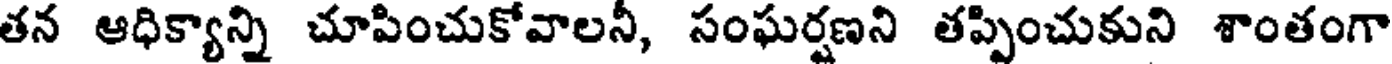
తన ఆధిక్యాన్ని చూపించుకోవాలనీ, సంఘర్షణని తప్పించుకుని శాంతంగా